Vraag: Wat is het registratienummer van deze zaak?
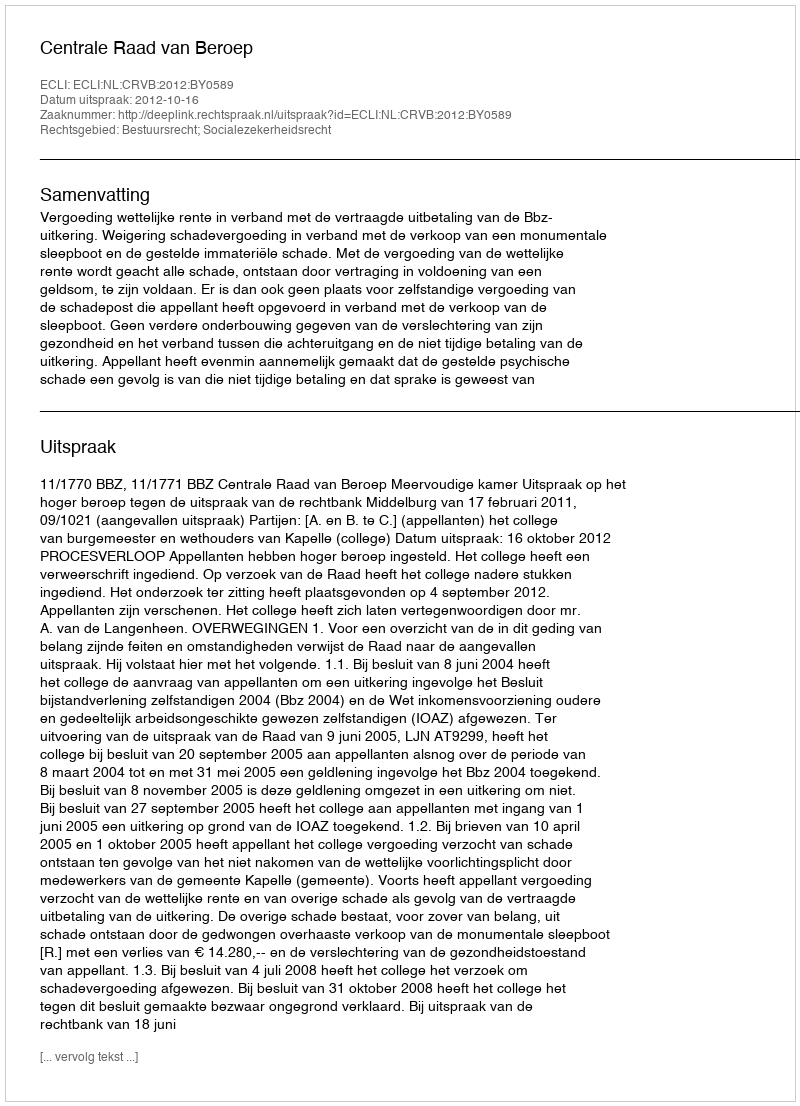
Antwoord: http://deeplink.rechtspraak.nl/uitspraak?id=ECLI:NL:CRVB:2012:BY0589